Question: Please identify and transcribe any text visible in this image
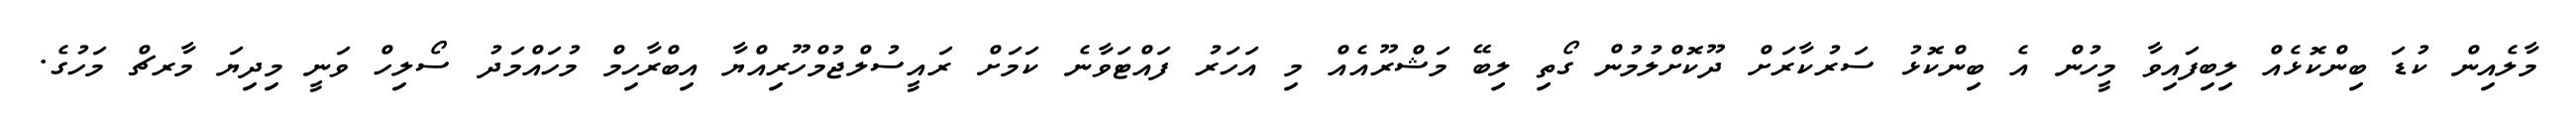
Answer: މާލެއިން ކުޑަ ބިންކޮޅެއް ލިބިފައިވާ މީހުން އެ ބިންކޮޅު ސަރުކާރަށް ދޫކޮށްލުމުން ގޯތި ލިބޭ މަޝްރޫއެއް މި އަހަރު ފައްޓަވާނެ ކަމަށް ރައީސުލްޖުމްހޫރިއްޔާ އިބްރާހިމް މުހައްމަދު ސޯލިހް ވަނީ މިދިޔަ މާރޗް މަހުގެ.